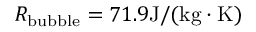
R _ { \mathrm { { b u b b l e } } } = 7 1 . 9 \mathrm { { J / ( k g \cdot K ) } }